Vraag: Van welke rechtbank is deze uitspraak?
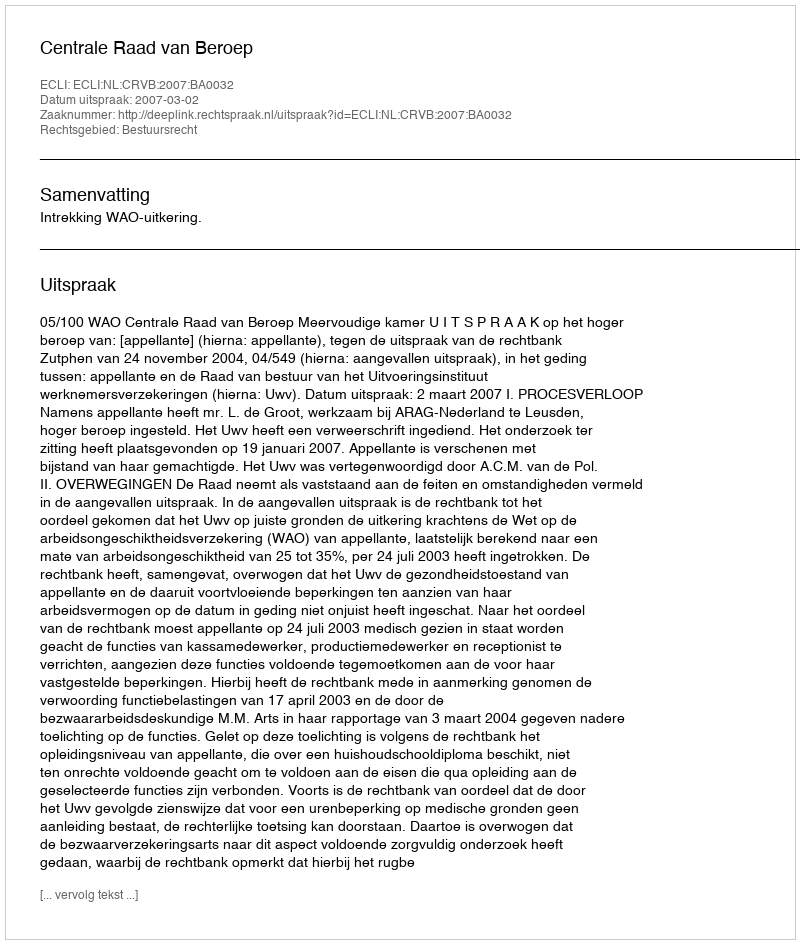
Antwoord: Centrale Raad van Beroep